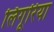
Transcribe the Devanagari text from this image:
लिगूरिया